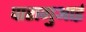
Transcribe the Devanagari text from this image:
पारागुआई